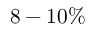
8 - 1 0 \%